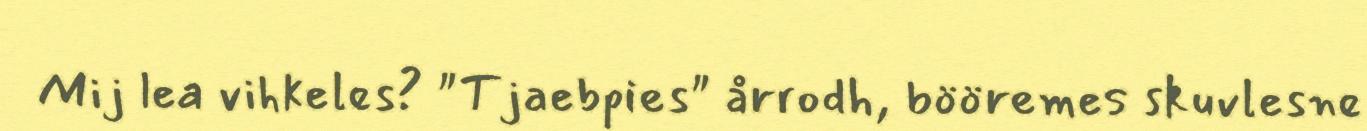
Mij lea vihkeles? "Tjaebpies" årrodh, bööremes skuvlesne